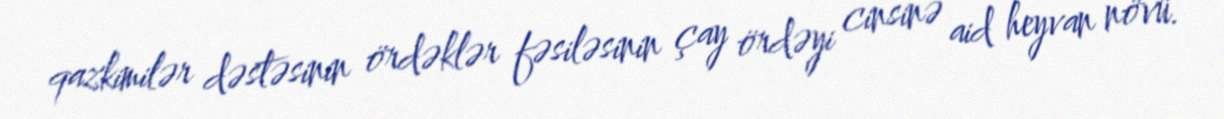
qazkimilər dəstəsinin ördəklər fəsiləsinin çay ördəyi cinsinə aid heyvan növü.